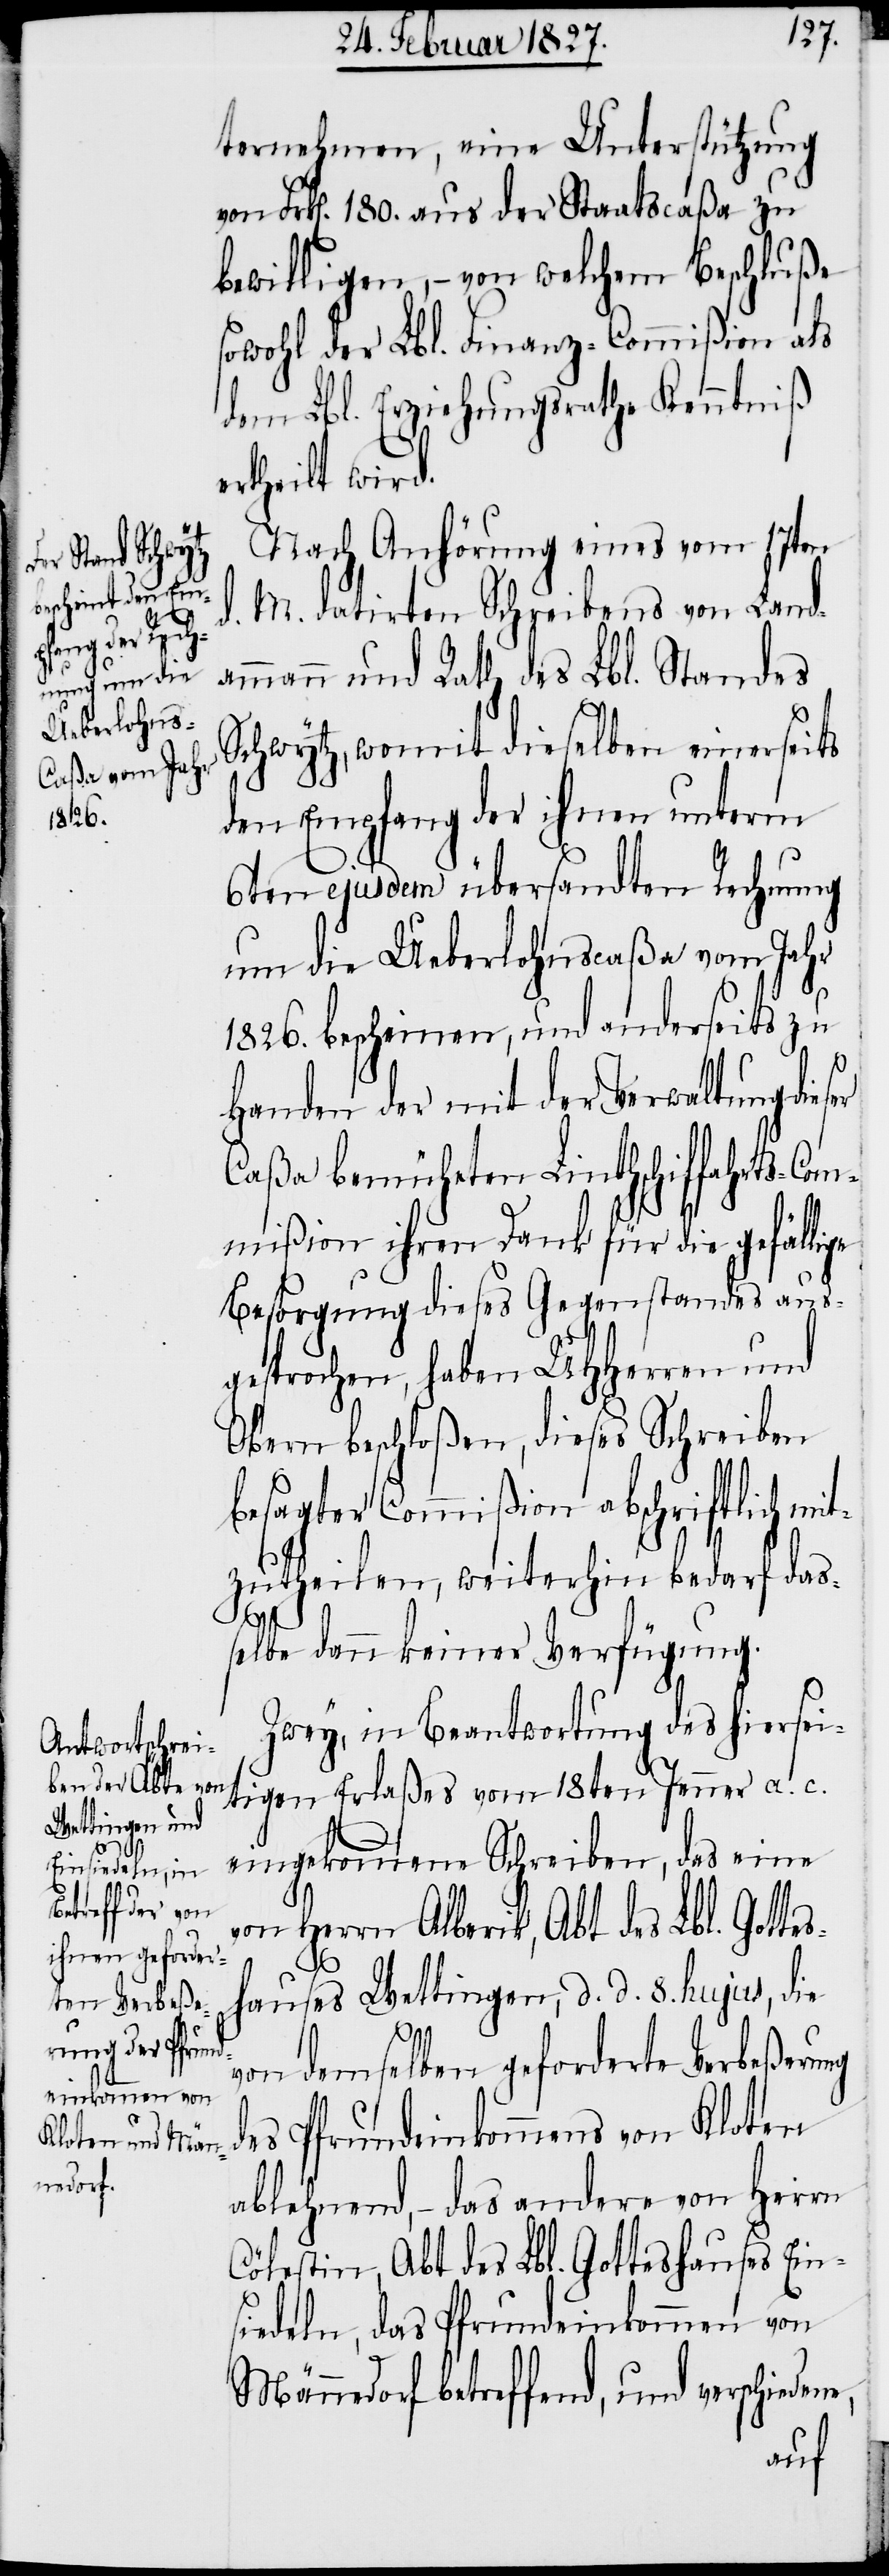
d.

ternehmen, eine Unterstützung
von Frk[en]. 180. aus der Staatscaßa zu
bewilligen, – von welchem Beschluße
sowohl der Lbl. Finanz-Commißion als
dem Lbl. Erziehungsrathe Kenntniß
ertheilt wird.
Nach Anhörung eines vom 17ten
M. datirten Schreibens von Land¬
ammann und Rath des Lbl. Standes
Schwytz, womit dieselben einerseits
den Empfang der ihnen unterm
6ten ejusdem übersandten Rechnung
um die Ueberlohnscaßa vom Jahr
1826. bescheinen, und anderseits zu
Handen der mit der Verwaltung dieser
Caßa bemüheten Linthschiffahrts-Com¬
mißion ihren Dank für die gefällige
Besorgung dieses Gegenstandes aus¬
gesprochen, haben UHHerren und
Obern beschloßen, dieses Schreiben
besagter Commißion abschriftlich mit¬
zutheilen, weiterhin bedarf das¬
selbe dann keiner Verfügung.
Zwey, in Beantwortung des hiersei¬
tigen Erlaßes vom 18ten Jenner a. c.
eingekommene Schreiben, das eine
von Herrn Alberik, Abt des Lbl. Gotte¬
shauses Wettingen, d. d. 8. hujus, die
e,
von demselben geforderte Verbeßerung
des Pfrundeinkommens von Kloten
ablehnend, – das andere von Herrn
Cölestin, Abt des Lbl. Gotteshauses Ein¬
siedeln, das Pfrundeinkommen von
Männedorf betreffend, und verschieden¬